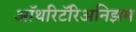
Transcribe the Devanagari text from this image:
ऑथरिटॅरिअनिझम